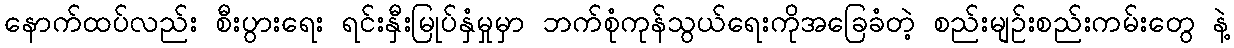
နောက်ထပ်လည်း စီးပွားရေး ရင်းနှီးမြုပ်နှံမှုမှာ ဘက်စုံကုန်သွယ်ရေးကိုအခြေခံတဲ့ စည်းမျဉ်းစည်းကမ်းတွေ နဲ့